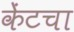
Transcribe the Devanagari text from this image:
केंटचा